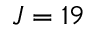
J = 1 9